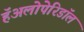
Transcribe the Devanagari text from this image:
हॅअलोपेरिडॉल